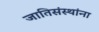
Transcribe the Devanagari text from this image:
जातिसंस्थांना